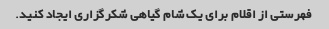
فهرستی از اقلام برای یک شام گیاهی شکرگزاری ایجاد کنید.